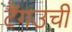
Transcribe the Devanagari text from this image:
टैंगउची